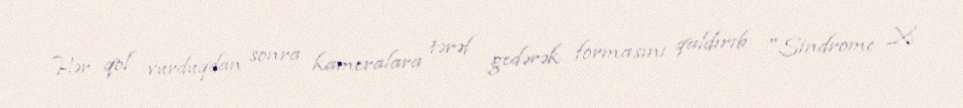
Hər qol vurduqdan sonra kameralara tərəf gedərək formasını qaldırıb "Sindrome X